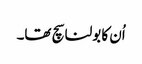
اُن کا بولنا سچ تھا۔